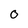
Character: O